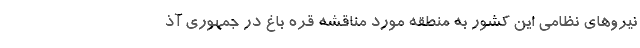
نیرو‌های نظامی این کشور به منطقه مورد مناقشه قره باغ در جمهوری آذ